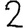
Digit: 2